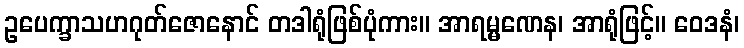
ဥပေက္ခာသဟဂုတ်ဇောနောင် တဒါရုံဖြစ်ပုံကား။ အာရမ္မဏေန၊ အာရုံဖြင့်။ ဝေဒနံ၊